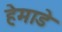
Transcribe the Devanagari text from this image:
हेमाडे